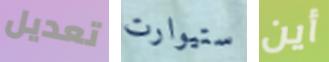
تعديل ستيوارت أين